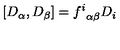
[ D _ { \alpha } , D _ { \beta } ] = { f ^ { i } } _ { \alpha \beta } D _ { i }